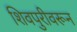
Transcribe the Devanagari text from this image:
शिवपुरीवरून